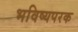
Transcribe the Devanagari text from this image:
भविष्यपरक